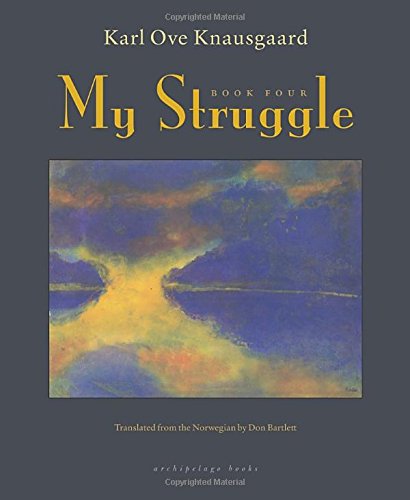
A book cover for My Struggle: Book Four; Karl Ove Knausgaard; Literature & Fiction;